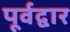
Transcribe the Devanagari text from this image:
पूर्वद्वार